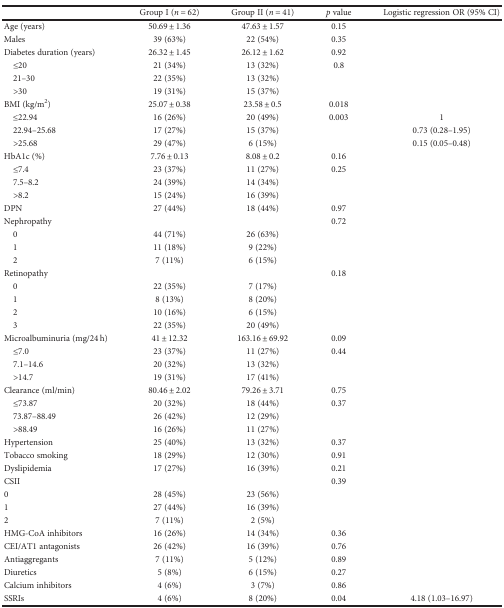
<table><thead><tr><td>[EMPTY_CELL]</td><td><b>Group I (<i>n</i> = 62)</b></td><td><b>Group II (<i>n</i> = 41)</b></td><td><b><i>p</i> value</b></td><td><b>Logistic regression OR (95% CI)</b></td></tr></thead><tbody><tr><td>Age (years)</td><td>50.69 ± 1.36</td><td>47.63 ± 1.57</td><td>0.15</td><td>[EMPTY_CELL]</td></tr><tr><td>Males</td><td>39 (63%)</td><td>22 (54%)</td><td>0.35</td><td>[EMPTY_CELL]</td></tr><tr><td>Diabetes duration (years)</td><td>26.32 ± 1.45</td><td>26.12 ± 1.62</td><td>0.92</td><td>[EMPTY_CELL]</td></tr><tr><td> ≤20</td><td>21 (34%)</td><td>13 (32%)</td><td>0.8</td><td>[EMPTY_CELL]</td></tr><tr><td> 21–30</td><td>22 (35%)</td><td>13 (32%)</td><td>[EMPTY_CELL]</td><td>[EMPTY_CELL]</td></tr><tr><td> &gt;30</td><td>19 (31%)</td><td>15 (37%)</td><td>[EMPTY_CELL]</td><td>[EMPTY_CELL]</td></tr><tr><td>BMI (kg/m<sup>2</sup>)</td><td>25.07 ± 0.38</td><td>23.58 ± 0.5</td><td>0.018</td><td>[EMPTY_CELL]</td></tr><tr><td> ≤22.94</td><td>16 (26%)</td><td>20 (49%)</td><td>0.003</td><td>1</td></tr><tr><td> 22.94–25.68</td><td>17 (27%)</td><td>15 (37%)</td><td>[EMPTY_CELL]</td><td>0.73 (0.28–1.95)</td></tr><tr><td> &gt;25.68</td><td>29 (47%)</td><td>6 (15%)</td><td>[EMPTY_CELL]</td><td>0.15 (0.05–0.48)</td></tr><tr><td>HbA1c (%)</td><td>7.76 ± 0.13</td><td>8.08 ± 0.2</td><td>0.16</td><td>[EMPTY_CELL]</td></tr><tr><td> ≤7.4</td><td>23 (37%)</td><td>11 (27%)</td><td>0.25</td><td>[EMPTY_CELL]</td></tr><tr><td> 7.5–8.2</td><td>24 (39%)</td><td>14 (34%)</td><td>[EMPTY_CELL]</td><td>[EMPTY_CELL]</td></tr><tr><td> &gt;8.2</td><td>15 (24%)</td><td>16 (39%)</td><td>[EMPTY_CELL]</td><td>[EMPTY_CELL]</td></tr><tr><td>DPN</td><td>27 (44%)</td><td>18 (44%)</td><td>0.97</td><td>[EMPTY_CELL]</td></tr><tr><td>Nephropathy</td><td>[EMPTY_CELL]</td><td>[EMPTY_CELL]</td><td>0.72</td><td>[EMPTY_CELL]</td></tr><tr><td> 0</td><td>44 (71%)</td><td>26 (63%)</td><td>[EMPTY_CELL]</td><td>[EMPTY_CELL]</td></tr><tr><td> 1</td><td>11 (18%)</td><td>9 (22%)</td><td>[EMPTY_CELL]</td><td>[EMPTY_CELL]</td></tr><tr><td> 2</td><td>7 (11%)</td><td>6 (15%)</td><td>[EMPTY_CELL]</td><td>[EMPTY_CELL]</td></tr><tr><td>Retinopathy</td><td>[EMPTY_CELL]</td><td>[EMPTY_CELL]</td><td>0.18</td><td>[EMPTY_CELL]</td></tr><tr><td> 0</td><td>22 (35%)</td><td>7 (17%)</td><td>[EMPTY_CELL]</td><td>[EMPTY_CELL]</td></tr><tr><td> 1</td><td>8 (13%)</td><td>8 (20%)</td><td>[EMPTY_CELL]</td><td>[EMPTY_CELL]</td></tr><tr><td> 2</td><td>10 (16%)</td><td>6 (15%)</td><td>[EMPTY_CELL]</td><td>[EMPTY_CELL]</td></tr><tr><td> 3</td><td>22 (35%)</td><td>20 (49%)</td><td>[EMPTY_CELL]</td><td>[EMPTY_CELL]</td></tr><tr><td>Microalbuminuria (mg/24 h)</td><td>41 ± 12.32</td><td>163.16 ± 69.92</td><td>0.09</td><td>[EMPTY_CELL]</td></tr><tr><td> ≤7.0</td><td>23 (37%)</td><td>11 (27%)</td><td>0.44</td><td>[EMPTY_CELL]</td></tr><tr><td> 7.1–14.6</td><td>20 (32%)</td><td>13 (32%)</td><td>[EMPTY_CELL]</td><td>[EMPTY_CELL]</td></tr><tr><td> &gt;14.7</td><td>19 (31%)</td><td>17 (41%)</td><td>[EMPTY_CELL]</td><td>[EMPTY_CELL]</td></tr><tr><td>Clearance (ml/min)</td><td>80.46 ± 2.02</td><td>79.26 ± 3.71</td><td>0.75</td><td>[EMPTY_CELL]</td></tr><tr><td> ≤73.87</td><td>20 (32%)</td><td>18 (44%)</td><td>0.37</td><td>[EMPTY_CELL]</td></tr><tr><td> 73.87–88.49</td><td>26 (42%)</td><td>12 (29%)</td><td>[EMPTY_CELL]</td><td>[EMPTY_CELL]</td></tr><tr><td> &gt;88.49</td><td>16 (26%)</td><td>11 (27%)</td><td>[EMPTY_CELL]</td><td>[EMPTY_CELL]</td></tr><tr><td>Hypertension</td><td>25 (40%)</td><td>13 (32%)</td><td>0.37</td><td>[EMPTY_CELL]</td></tr><tr><td>Tobacco smoking</td><td>18 (29%)</td><td>12 (30%)</td><td>0.91</td><td>[EMPTY_CELL]</td></tr><tr><td>Dyslipidemia</td><td>17 (27%)</td><td>16 (39%)</td><td>0.21</td><td>[EMPTY_CELL]</td></tr><tr><td>CSII</td><td>[EMPTY_CELL]</td><td>[EMPTY_CELL]</td><td>0.39</td><td>[EMPTY_CELL]</td></tr><tr><td>0</td><td>28 (45%)</td><td>23 (56%)</td><td>[EMPTY_CELL]</td><td>[EMPTY_CELL]</td></tr><tr><td>1</td><td>27 (44%)</td><td>16 (39%)</td><td>[EMPTY_CELL]</td><td>[EMPTY_CELL]</td></tr><tr><td>2</td><td>7 (11%)</td><td>2 (5%)</td><td>[EMPTY_CELL]</td><td>[EMPTY_CELL]</td></tr><tr><td>HMG-CoA inhibitors</td><td>16 (26%)</td><td>14 (34%)</td><td>0.36</td><td>[EMPTY_CELL]</td></tr><tr><td>CEI/AT1 antagonists</td><td>26 (42%)</td><td>16 (39%)</td><td>0.76</td><td>[EMPTY_CELL]</td></tr><tr><td>Antiaggregants</td><td>7 (11%)</td><td>5 (12%)</td><td>0.89</td><td>[EMPTY_CELL]</td></tr><tr><td>Diuretics</td><td>5 (8%)</td><td>6 (15%)</td><td>0.27</td><td>[EMPTY_CELL]</td></tr><tr><td>Calcium inhibitors</td><td>4 (6%)</td><td>3 (7%)</td><td>0.86</td><td>[EMPTY_CELL]</td></tr><tr><td>SSRIs</td><td>4 (6%)</td><td>8 (20%)</td><td>0.04</td><td>4.18 (1.03–16.97)</td></tr></tbody></table>